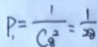
p _ { 1 } = \frac { 1 } { C _ { 8 } ^ { 2 } } = \frac { 1 } { 2 8 }